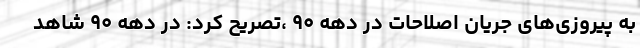
به پیروزی‌های جریان اصلاحات در دهه ۹۰ ،تصریح کرد: در دهه ۹۰ شاهد